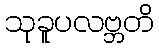
သုခူပလဗ္ဘတိ